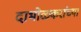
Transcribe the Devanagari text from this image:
दाभोळकरांच्या